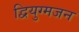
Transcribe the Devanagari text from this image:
द्वियुग्मजन